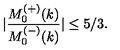
| \frac { M _ { 0 } ^ { ( + ) } ( k ) } { M _ { 0 } ^ { ( - ) } ( k ) } | \leq 5 / 3 .